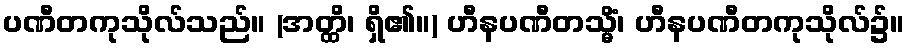
ပဏီတကုသိုလ်သည်။ (အတ္ထိ၊ ရှိ၏။) ဟီနပဏီတသ္မိံ၊ ဟီနပဏီတကုသိုလ်၌။